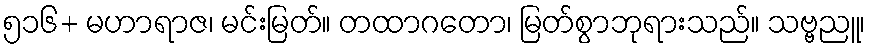
၅၁၆+ မဟာရာဇ၊ မင်းမြတ်။ တထာဂတော၊ မြတ်စွာဘုရားသည်။ သဗ္ဗညူ၊